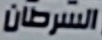
السرطان